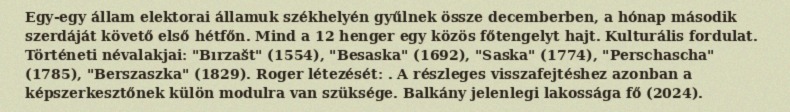
Egy-egy állam elektorai államuk székhelyén gyűlnek össze decemberben, a hónap második szerdáját követő első hétfőn. Mind a 12 henger egy közös főtengelyt hajt. Kulturális fordulat. Történeti névalakjai: "Bırzašt" (1554), "Besaska" (1692), "Saska" (1774), "Perschascha" (1785), "Berszaszka" (1829). Roger létezését: . A részleges visszafejtéshez azonban a képszerkesztőnek külön modulra van szüksége. Balkány jelenlegi lakossága fő (2024).